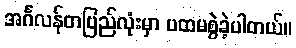
အင်္ဂလန်တပြည်လုံးမှာ ပထမစွဲခဲ့ပါတယ်။